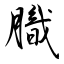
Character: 膱